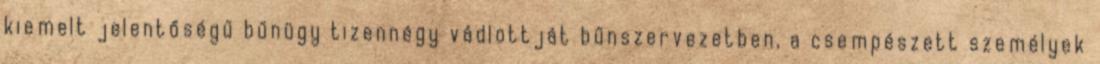
kiemelt jelentőségű bűnügy tizennégy vádlottját bűnszervezetben, a csempészett személyek